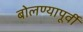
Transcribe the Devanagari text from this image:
बोलण्यापूर्वी